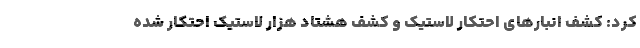
کرد: کشف انبارهای احتکار لاستیک و کشف هشتاد هزار لاستیک احتکار شده